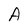
Character: A